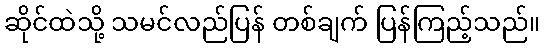
ဆိုင်ထဲသို့ သမင်လည်ပြန် တစ်ချက် ပြန်ကြည့်သည်။